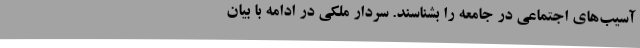
آسیب‌های اجتماعی در جامعه را بشناسند. سردار ملکی در ادامه با بیان